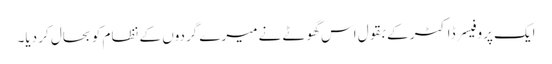
ایک پروفیسر ڈاکٹر کے بقول اس گھوٹے نے میرے گردوں کے نظام کو بحال کر دیا۔